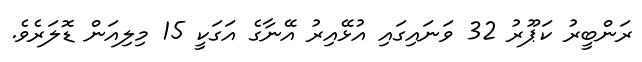
ރަންބީރު ކަޕޫރު 32 ވަނައިގައި އުޅޭއިރު އޭނާގެ އަގަކީ 15 މިލިއަން ޑޮލަރެވެ.